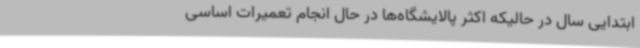
ابتدایی سال در حالیکه اکثر پالایشگاه‌ها در حال انجام تعمیرات اساسی